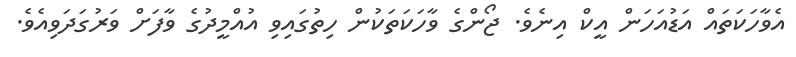
އެވާހަކަތައް އަޑުއަހަން އީކް އިނެވެ. ޖޯންގެ ވާހަކަތަކުން ހިތުގައިވި އުއްމީދުގެ ވާފަށް ވަރުގަދަވިއެވެ.